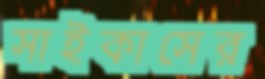
সাইকাসের